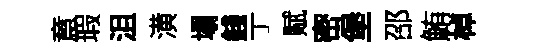
意瑕沮潢塌錢亍赋密堡邵鮪棹